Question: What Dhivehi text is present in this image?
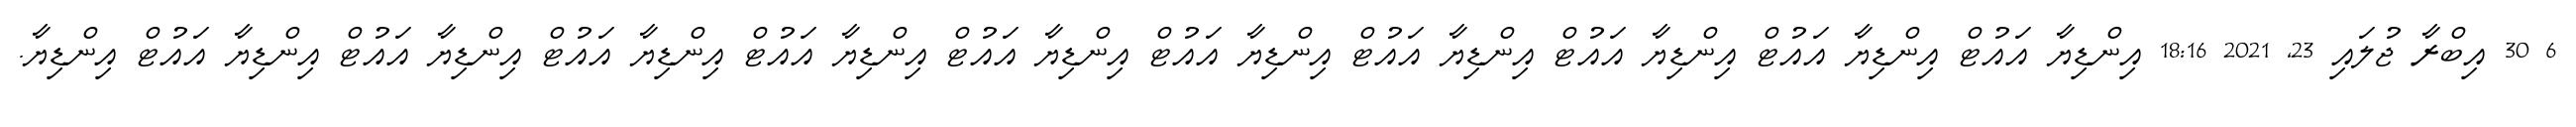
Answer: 6 30 އިބްރާ ޖުލައި 23, 2021 18:16 އިންޑިޔާ އައުޓް އިންޑިޔާ އައުޓް އިންޑިޔާ އައުޓް އިންޑިޔާ އައުޓް އިންޑިޔާ އައުޓް އިންޑިޔާ އައުޓް އިންޑިޔާ އައުޓް އިންޑިޔާ އައުޓް އިންޑިޔާ އައުޓް އިންޑިޔާ އައުޓް އިންޑިޔާ.